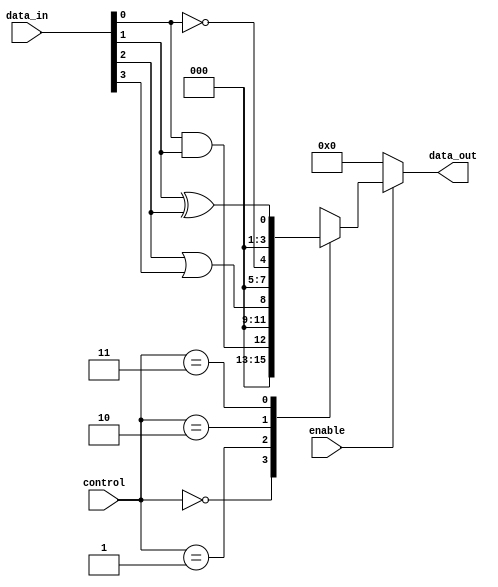
module CombinationalLogicBlock (
    input wire [3:0] data_in,      // 4-bit data input
    input wire [1:0] control,       // Control signals for logic configuration
    input wire enable,              // Enable signal
    output wire [3:0] data_out      // 4-bit data output
);

// Internal signals for logic elements
wire and_out, or_out, not_out, xor_out;

// Logic Elements
assign and_out = data_in[0] & data_in[1];  // AND operation
assign or_out  = data_in[2] | data_in[3];  // OR operation
assign not_out = ~data_in[0];                // NOT operation
assign xor_out = data_in[1] ^ data_in[2];  // XOR operation

// Programmable Interconnects based on control signals
reg [3:0] selected_output;

always @(*) begin
    if (enable) begin
        case (control)
            2'b00: selected_output = {3'b000, and_out}; // Output from AND
            2'b01: selected_output = {3'b000, or_out};  // Output from OR
            2'b10: selected_output = {3'b000, not_out}; // Output from NOT
            2'b11: selected_output = {3'b000, xor_out}; // Output from XOR
            default: selected_output = 4'b0000;         // Default output
        endcase
    end else begin
        selected_output = 4'b0000; // Disable output when not enabled
    end
end

// Output assignment
assign data_out = selected_output;

endmodule